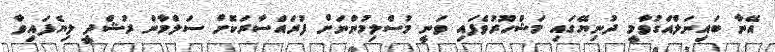
އޭނާ ބައިނަލްއަގުވާމީ ދުނިޔޭގައި މަޝްހޫރުވެފައި ވަނީ މުސްލިމުންނަށް ފުރައްސާރަކޮށް ސަލްމާން ރުޝްދީ ލިޔެފައިވާ